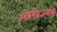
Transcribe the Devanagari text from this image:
ओरोज्को